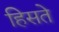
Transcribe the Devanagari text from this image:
हिसते